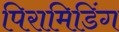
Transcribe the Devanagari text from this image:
पिरामिडिंग